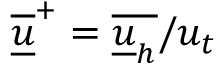
\underline { { \overline { { u } } } } ^ { + } = \overline { { \underline { { u } } _ { h } } } / u _ { t }